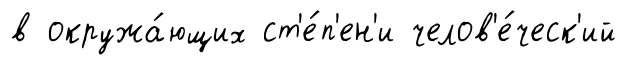
в окружа́ющих ст'е́п'ен'и челов'е́ческ'ий